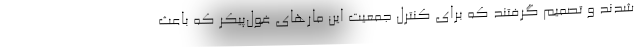
شدند و تصمیم گرفتند که برای کنترل جمعیت این مارهای غول‌پیکر که باعث